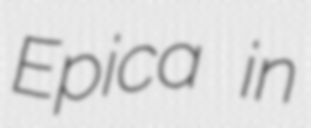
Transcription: Epica in